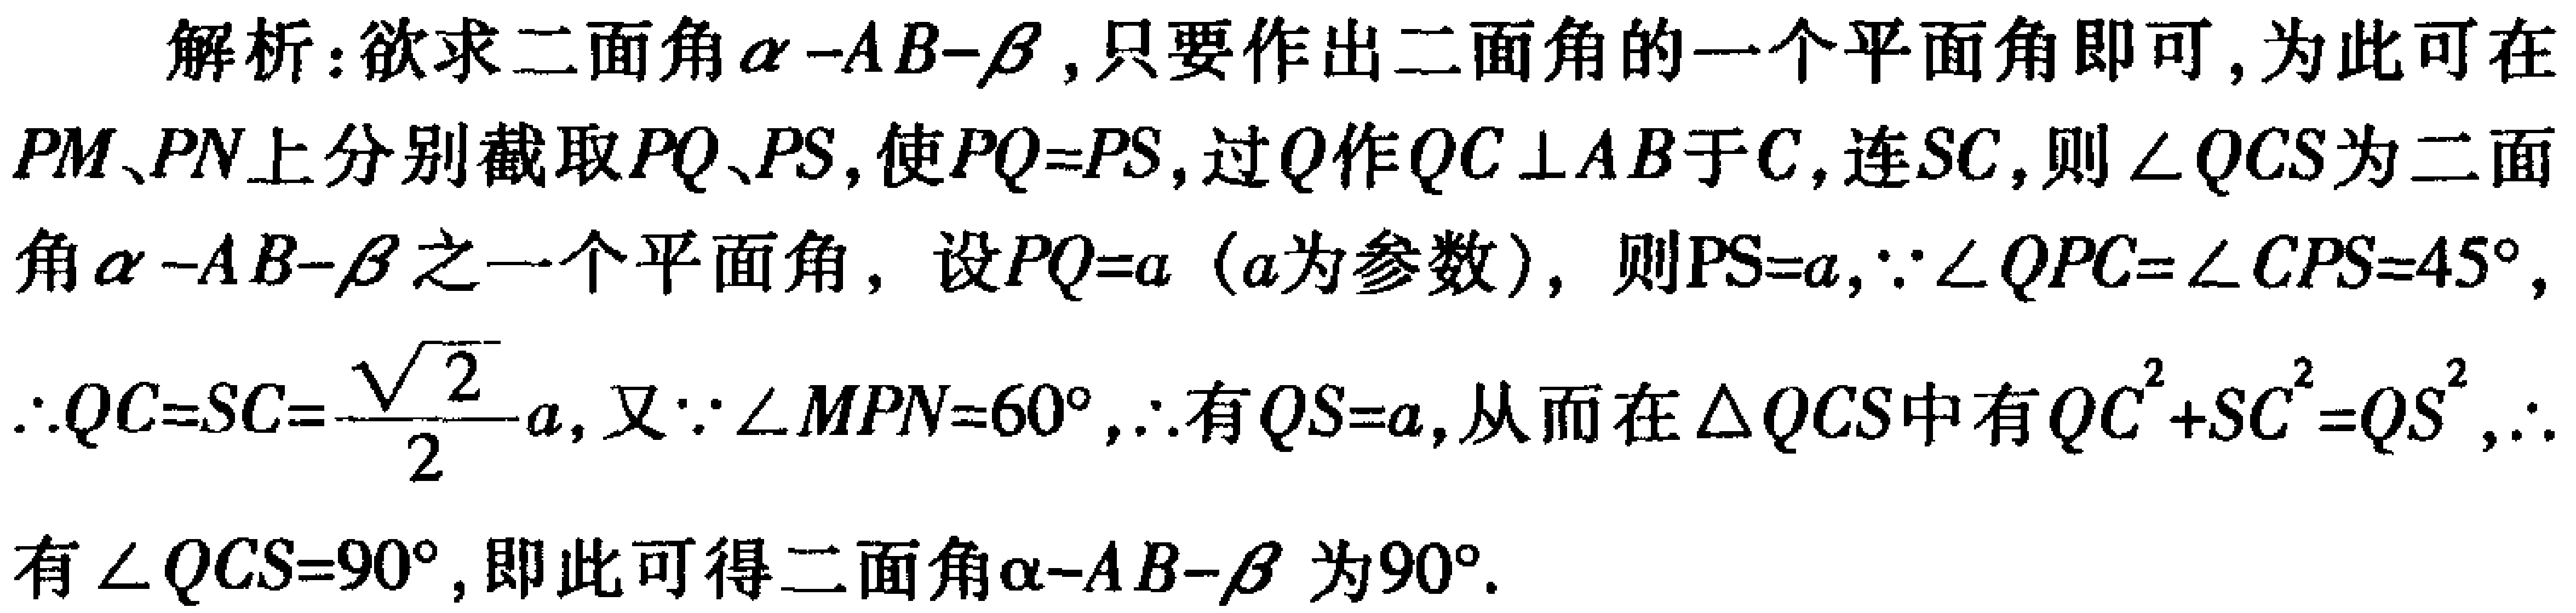
解析：欲求二面角\(\alpha -AB-\beta\)，只要作出二面角的一个平面角即可，为此可在\(PM\)、\(PN\)上分别截取\(PQ\)、\(PS\)，使\(PQ = PS\)，过\(Q\)作\(QC\perp AB\)于\(C\)，连\(SC\)，则\(\angle QCS\)为二面角\(\alpha -AB-\beta\)之一个平面角，设\(PQ = a\)（\(a\)为参数），则\(PS = a\)，\(\because\angle QPC=\angle CPS = 45^{\circ}\)，\(\therefore QC = SC=\frac{\sqrt{2}}{2}a\)，又\(\because\angle MPN = 60^{\circ}\)，\(\therefore\)有\(QS = a\)，从而在\(\triangle QCS\)中有\(QC^{2}+SC^{2}=QS^{2}\)，\(\therefore\)有\(\angle QCS = 90^{\circ}\)，即此可得二面角\(\alpha -AB-\beta\)为\(90^{\circ}\)。